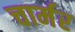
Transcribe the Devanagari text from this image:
चार्मर